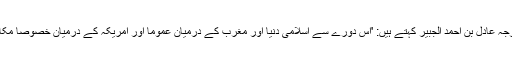
سعودی وزیرِ خارجہ عادل بن احمد الجبير کہتے ہیں: 'اس دورے سے اسلامی دنیا اور مغرب کے درمیان عموماً اور امریکہ کے درمیان خصوصاً مکالمہ بدل جائے گا۔